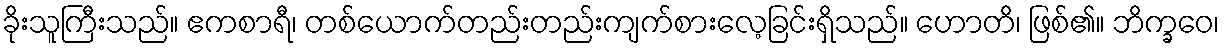
ခိုးသူကြီးသည်။ ဧကစာရီ၊ တစ်ယောက်တည်းတည်းကျက်စားလေ့ခြင်းရှိသည်။ ဟောတိ၊ ဖြစ်၏။ ဘိက္ခဝေ၊